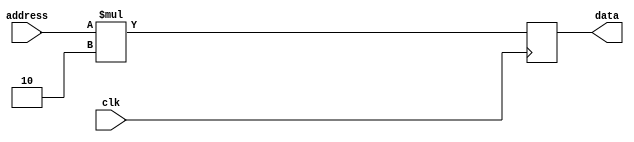
//simulates memory
module virtual_memory(
	output reg[7:0] data = 0,
	input wire clk,
	input wire[15:0] address);


always @(negedge clk)
begin
	data = address * 2;
end

endmodule